Scientific memoirs by medical officers of the Army of India - Part III,
Year: 1887
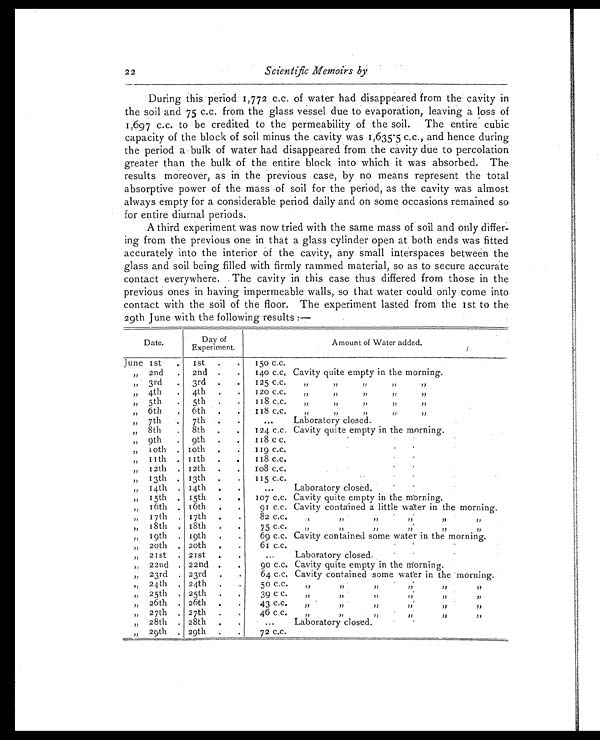
22
Scientific Memoirs by
During this period 1,772 c.c. of water had disappeared from the cavity in
the soil and 75 c.c. from the glass vessel due to evaporation, leaving a loss of
1,697 c.c. to be credited to the permeability of the soil. The entire cubic
capacity of the block of soil minus the cavity was 1,635.5 c.c., and hence during
the period a bulk of water had disappeared from the cavity due to percolation
greater than the bulk of the entire block into which it was absorbed. The
results moreover, as in the previous case, by no means represent the total
absorptive power of the mass of soil for the period, as the cavity was almost
always empty for a considerable period daily and on some occasions remained so
for entire diurnal periods.
A third experiment was now tried with the same mass of soil and only differ
- i n g f r o m t h e p r e v i o u s o n e i n t h a t a g l a s s c y l i n d e r o p e n a t b o t h e n d s w a s f i t t e d
accurately into the interior of the cavity, any small interspaces between the
glass and soil being filled with firmly rammed material, so as to secure accurate
contact everywhere. The cavity in this case thus differed from those in the
previous ones in having impermeable walls, so that water could only come into
contact with the soil of the floor. The experiment lasted from the 1st to the
29th June with the following results
Date.
Day of
Experi ment.
Amount of Water added.
June 1st 1st
150 c.c.
, ,
2nd . 2nd . . 140 c.c, Cavity quite empty in the morning.
„ 3rd . 3rd . . 125 c.c. , , , ,
, , , , , ,
„ 4th . 4th
. 120 c.c. , , , ,
, , , , , ,
„ 5th . 5th . . 118 c.c. , , , ,
, , , , , ,
„ 6th . 6th . . 118 c.c
, , ,,
, , , , , ,
, ,
7th
7th
. ... Laboratory closed.
„ 8th . 8th . . 124 c.c. Cavity quite empty in the morning.
„ 9th . 9th . . 118 c c.
„ 10th . 10th . . 119 c.c.
„ 11th .
1 1 t h
. . 118 c.c.
„ 12th . 12th . . 108 c.c.
, ,
13th . 13th . . 115 c.c.
, ,
14th . 14th . .
. . . Laboratory closed.
, ,
15th . 15th .
107 c.c. Cavity quite empty in the morning.
, ,
16th . 16th . . 91 c.c. Cavity contained a little water in the morning.
, ,
17th . 17th . . 82 c.c. , ,
, , ,,
, ,
, , , ,
, ,
18th . 18th
. 75 c.c. , ,
, , , ,
, ,
, , , ,
, ,
19th . 19th . . 69 c.c. Cavity contained some water in the morning.
, ,
20th . 10th
. 61 c.c.
, ,
21st . 21st . . . . .
Laboratory closed.
, ,
22nd . 22nd . . 90 c.c. Cavity quite empty in the morning
„ 23rd . 23rd . . 64 c.c. Cavity contained some water in the morning.
, ,
24th 24th • . 50 c.c. , ,
, , , ,
, ,
, , , ,
, ,
25th . 25th . . 39 c C.
, ,
, , , , , ,
, , , ,
, ,
26th . 26th . . 43 c.c. , ,
, , , ,
, ,
, , , ,
, ,
27th . 27th . . 46 c.c
, ,
, , , , , ,
, ,
, ,
28th . 28th . . ... Lagoratory clo
sed.
„ 29th . 29th
. 72 c.c.